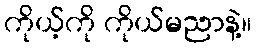
ကိုယ့်ကို ကိုယ်မညာနဲ့။